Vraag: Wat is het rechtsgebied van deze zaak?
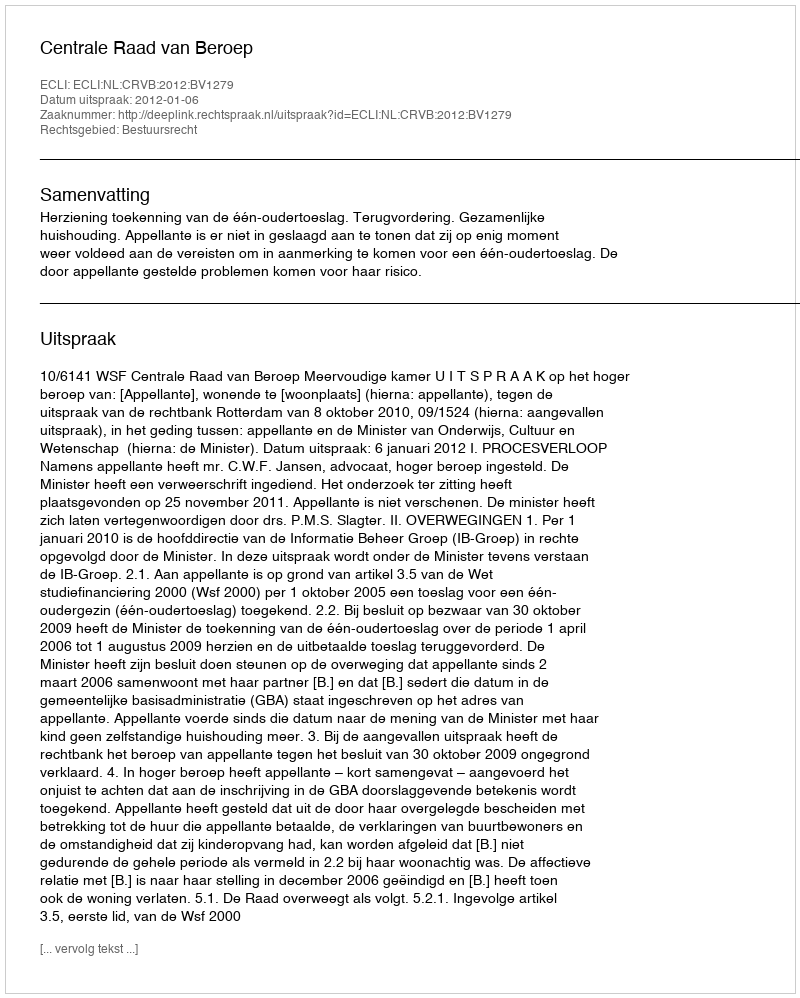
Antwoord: Bestuursrecht